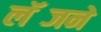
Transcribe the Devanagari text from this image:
लॅब्जने